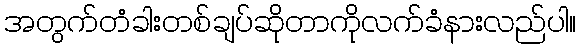
အတွက်တံခါးတစ်ချပ်ဆိုတာကိုလက်ခံနားလည်ပါ။